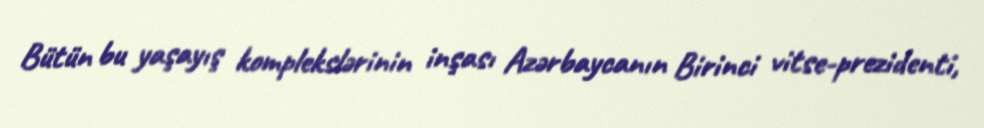
Bütün bu yaşayış komplekslərinin inşası Azərbaycanın Birinci vitse-prezidenti,